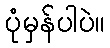
ပုံမှန်ပါပဲ။